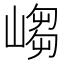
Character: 𱜃